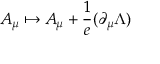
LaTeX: A _ { \mu } \mapsto A _ { \mu } + { \frac { 1 } { e } } ( \partial _ { \mu } \Lambda )